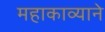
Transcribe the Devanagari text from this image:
महाकाव्याने